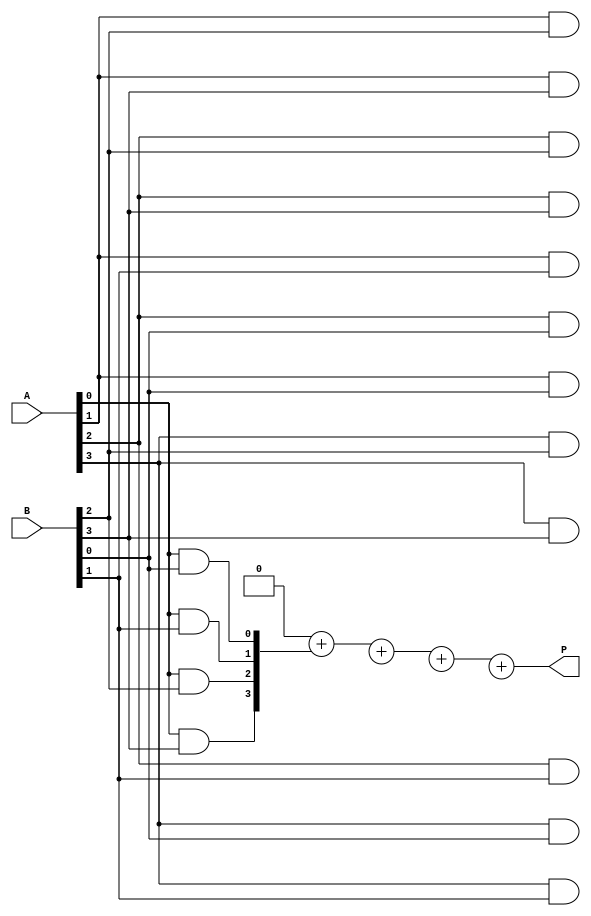
module array_multiplier #(parameter m = 4, n = 4) (
    input  [m-1:0] A,  // First operand
    input  [n-1:0] B,  // Second operand
    output reg [m+n-1:0] P // Product of A and B
);
    // Intermediate signals for partial products
    wire [m+n-1:0] partial[m-1:0];

    // Generate partial products
    genvar i, j;
    generate
        for (i = 0; i < m; i = i + 1) begin: PARTIAL_PRODUCT
            for (j = 0; j < n; j = j + 1) begin: AND_GATE
                assign partial[i][j + i] = A[i] & B[j]; // AND operation
            end
        end
    endgenerate

    // Initialize product to zero
    integer k;
    always @* begin
        P = 0; // Clear product
        // Sum the partial products
        for (k = 0; k < m; k = k + 1) begin
            P = P + partial[k]; // Add each partial product
        end
    end
endmodule